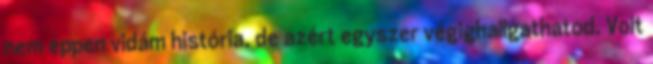
nem éppen vidám história, de azért egyszer végighallgathatod. Volt